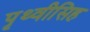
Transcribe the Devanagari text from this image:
पृथ्वीसिह